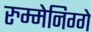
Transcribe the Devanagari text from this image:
रुम्मेनिग्गे